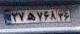
۲۷ه۷۶۸۳۶